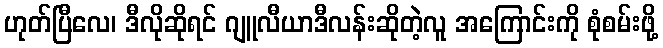
ဟုတ်ပြီလေ၊ ဒီလိုဆိုရင် ဂျူလီယာဒီလန်းဆိုတဲ့လူ အကြောင်းကို စုံစမ်းဖို့